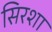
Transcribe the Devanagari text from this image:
सिरशा